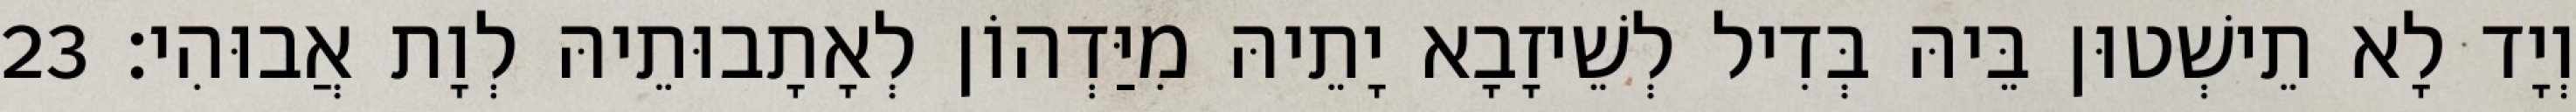
וְיָד לָא תֵישְׁטוּן בֵּיהּ בְּדִיל לְשֵׁיזָבָא יָתֵיהּ מִיַּדְהוֹן לְאָתָבוּתֵיהּ לְוָת אֲבוּהִי׃ 23